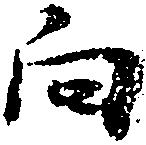
向